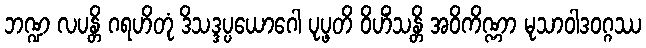
ဘဏ္ဍ လပန္တိ ဂရဟိတုံ ဒိသဒ္ဒပ္ပယောဂေါ ပုပ္ဖတိ ဝိဟိံသန္တိ အဝိကိဏ္ဏာ မုသာဝါဒဝဂ္ဂဿ